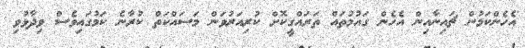
އެހެންކަމުން ޗައިނާއިން އެހެން ގައުމުތައް ތަރައްގީކޮށް ކުރިއަރުވަން މަސައްކަތް ކުރާނެ ކަމުގައިވެސް ވިދާޅުވި